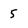
Character: 5